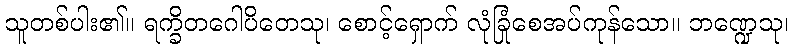
သူတစ်ပါး၏။ ရက္ခိတဂေါပိတေသု၊ စောင့်ရှောက် လုံခြုံစေအပ်ကုန်သော။ ဘဏ္ဍေသု၊